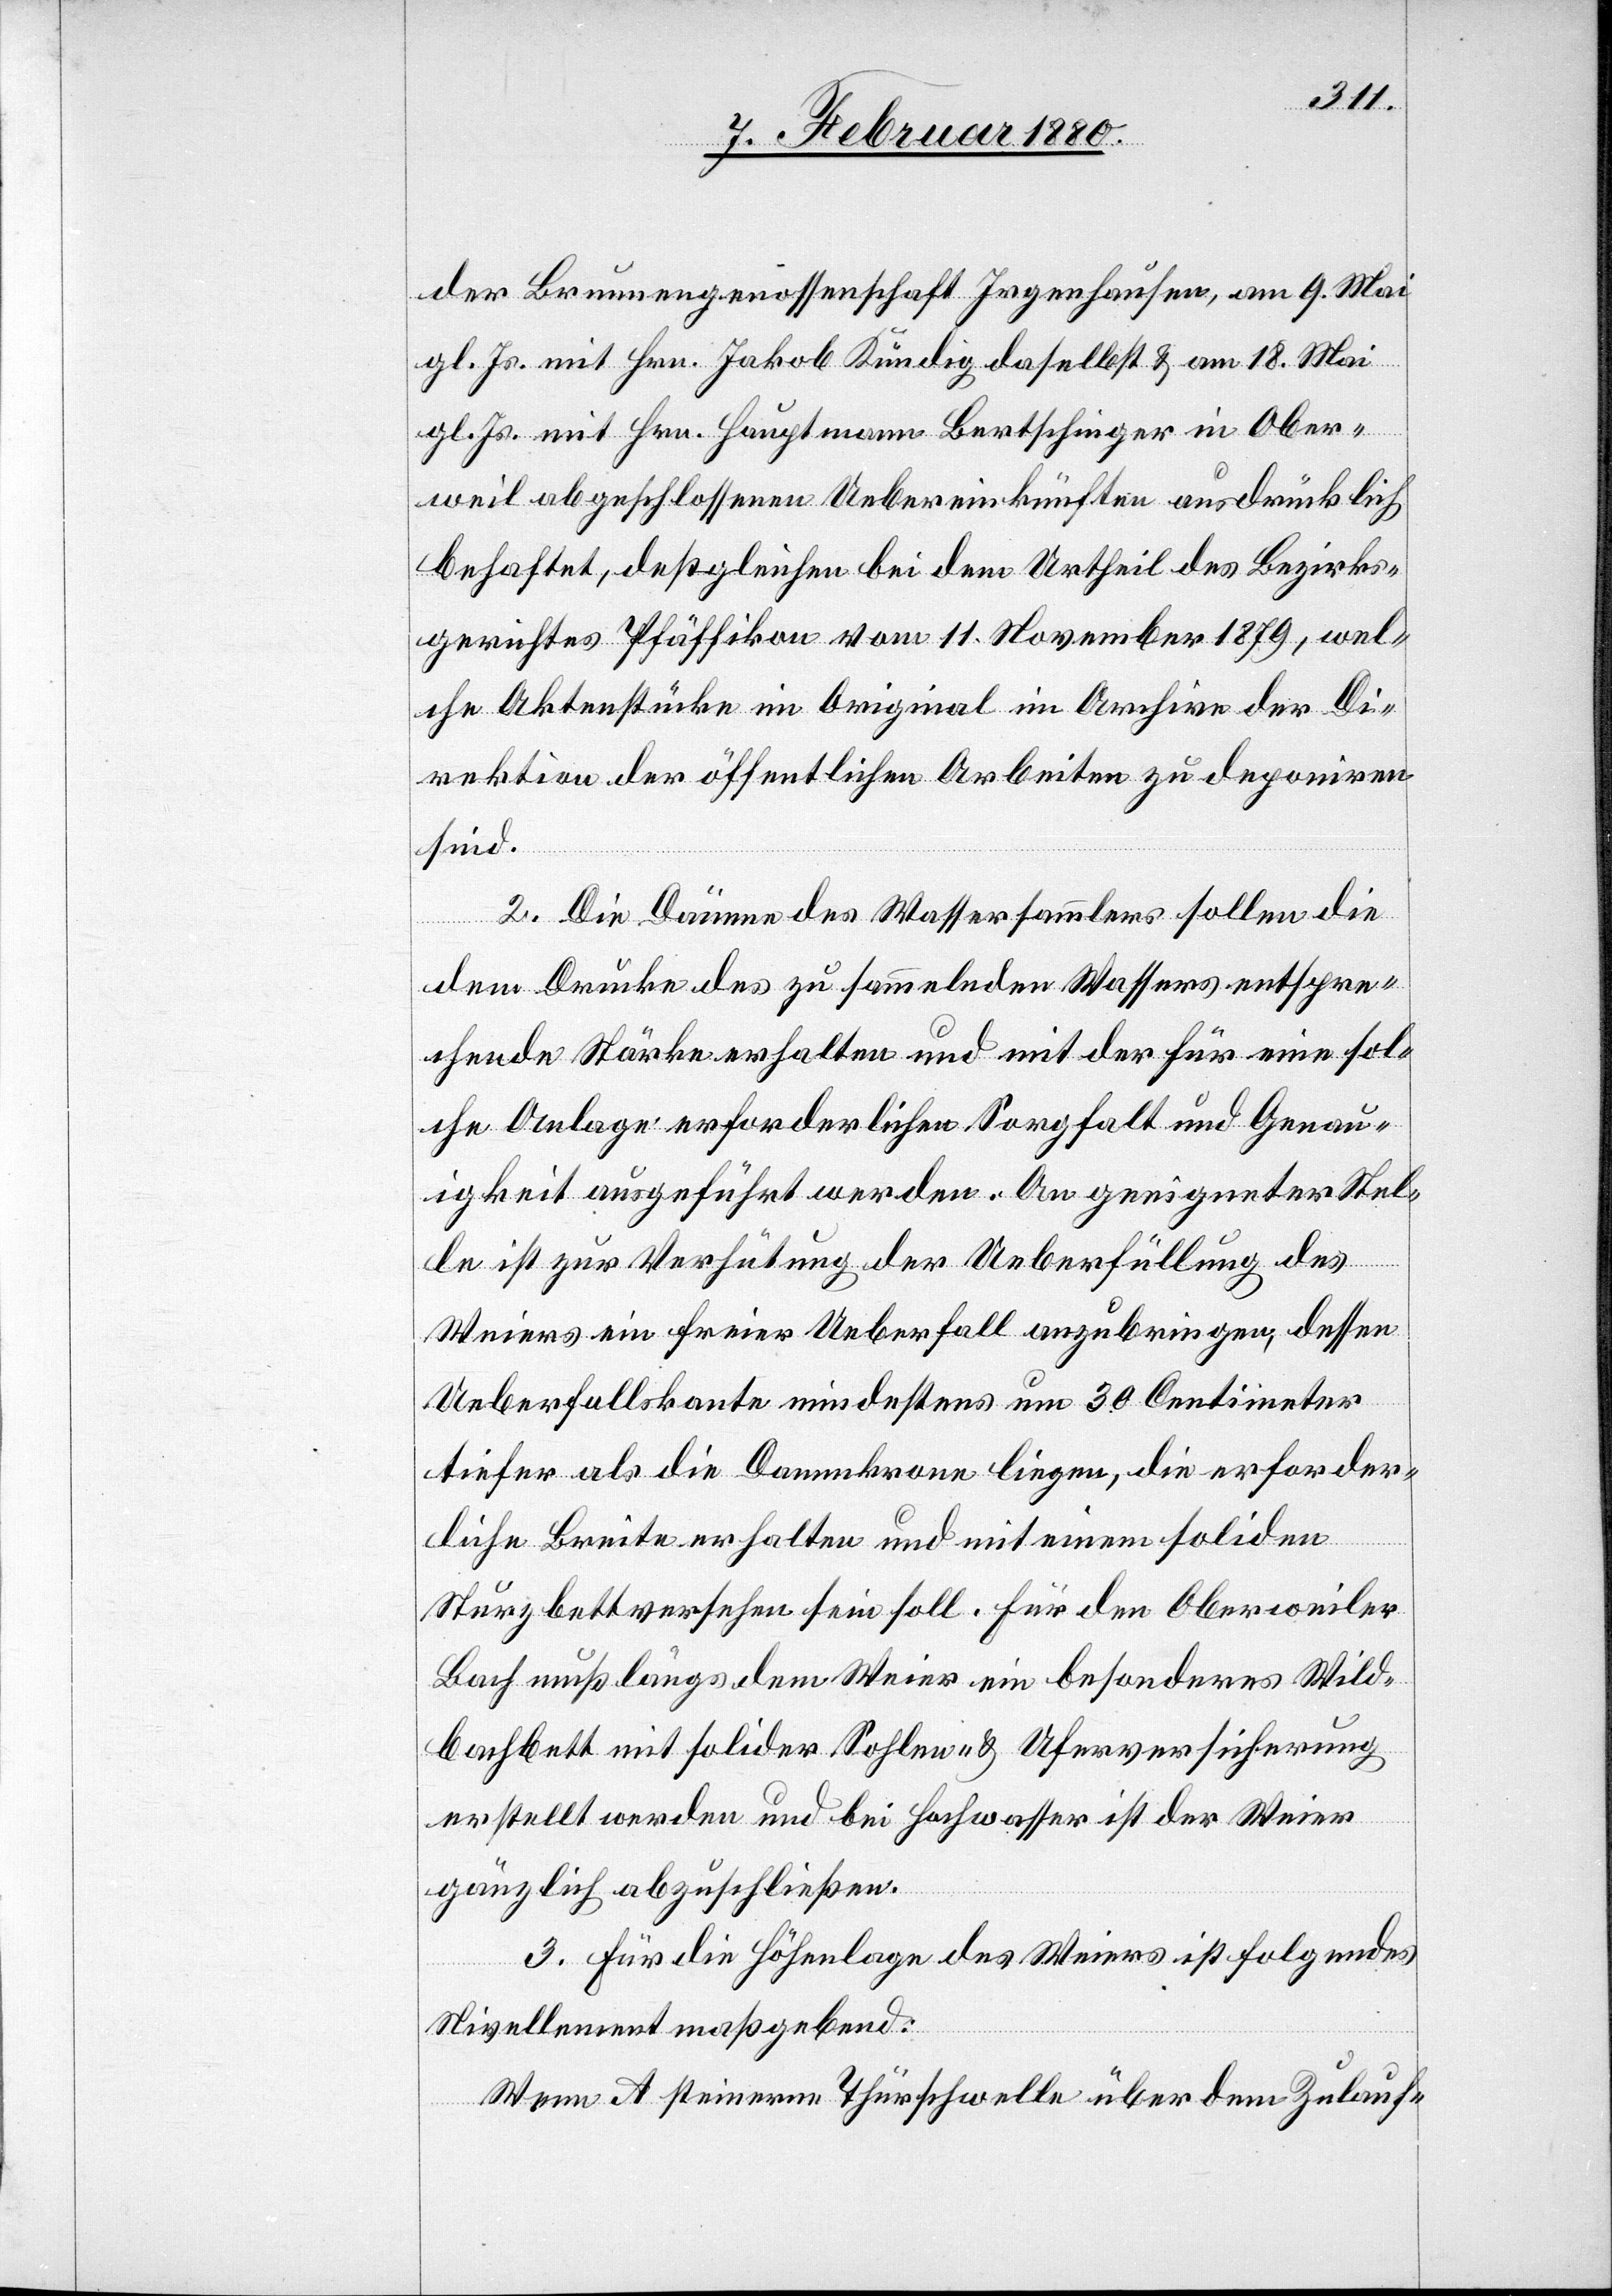
der Brunnengenossenschaft Irgenhausen, am 9. Mai
gl. Js. mit Hrn. Jakob Kündig daselbst & am 18. Mai
gl. Js. mit Hrn. Hauptmann Bertschinger in Ober¬
weil abgeschlossenen Uebereinkünften ausdrücklich
behaftet, deßgleichen bei dem Urtheil des Bezirks¬
gerichtes Pfäffikon vom 11. November 1879, wel¬
che Aktenstücke im Original im Archive der Di¬
rektion der öffentlichen Arbeiten zu deponiren
sind.
2. Die Dämme des Wassersammlers sollen die
dem Drucke des zu sammelnden Wassers entspre¬
chende Stärke erhalten und mit der für eine sol¬
che Anlage erforderlichen Sorgfalt und Genau¬
igkeit ausgeführt werden. An geeigneter Stel¬
le ist zur Verhütung der Ueberfüllung des
Weiers ein freier Ueberfall anzubringen, dessen
Ueberfallskante mindestens um 30 Centimeter
tiefer als die Dammkrone liegen, die erforder¬
liche Breite erhalten und mit einem soliden
Sturzbett versehen sein soll. Für den Oberweiler
Bach muß längs dem Weier ein besonderes Wild¬
bachbett mit solider Sohlen- & Uferversicherung
erstellt werden und bei Hochwasser ist der Weier
gänzlich abzuschließen.
3. Für die Höhenlage des Weiers ist folgendes
Nivellement maßgebend:
Wenn A steinerne Thürschwelle über dem Zulauf-